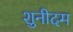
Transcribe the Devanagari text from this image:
शुनीदम